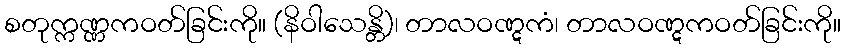
စတုက္ကဏ္ဏကဝတ်ခြင်းကို။ (နိဝါသေန္တိ)၊ တာလဝဏ္ဋကံ၊ တာလဝဏ္ဋကဝတ်ခြင်းကို။